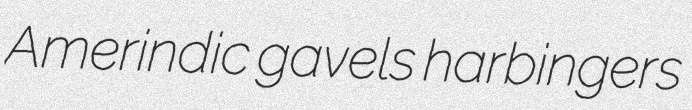
Amerindic gavels harbingers